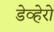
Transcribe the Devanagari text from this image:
डेव्हेरो